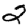
Digit: 2